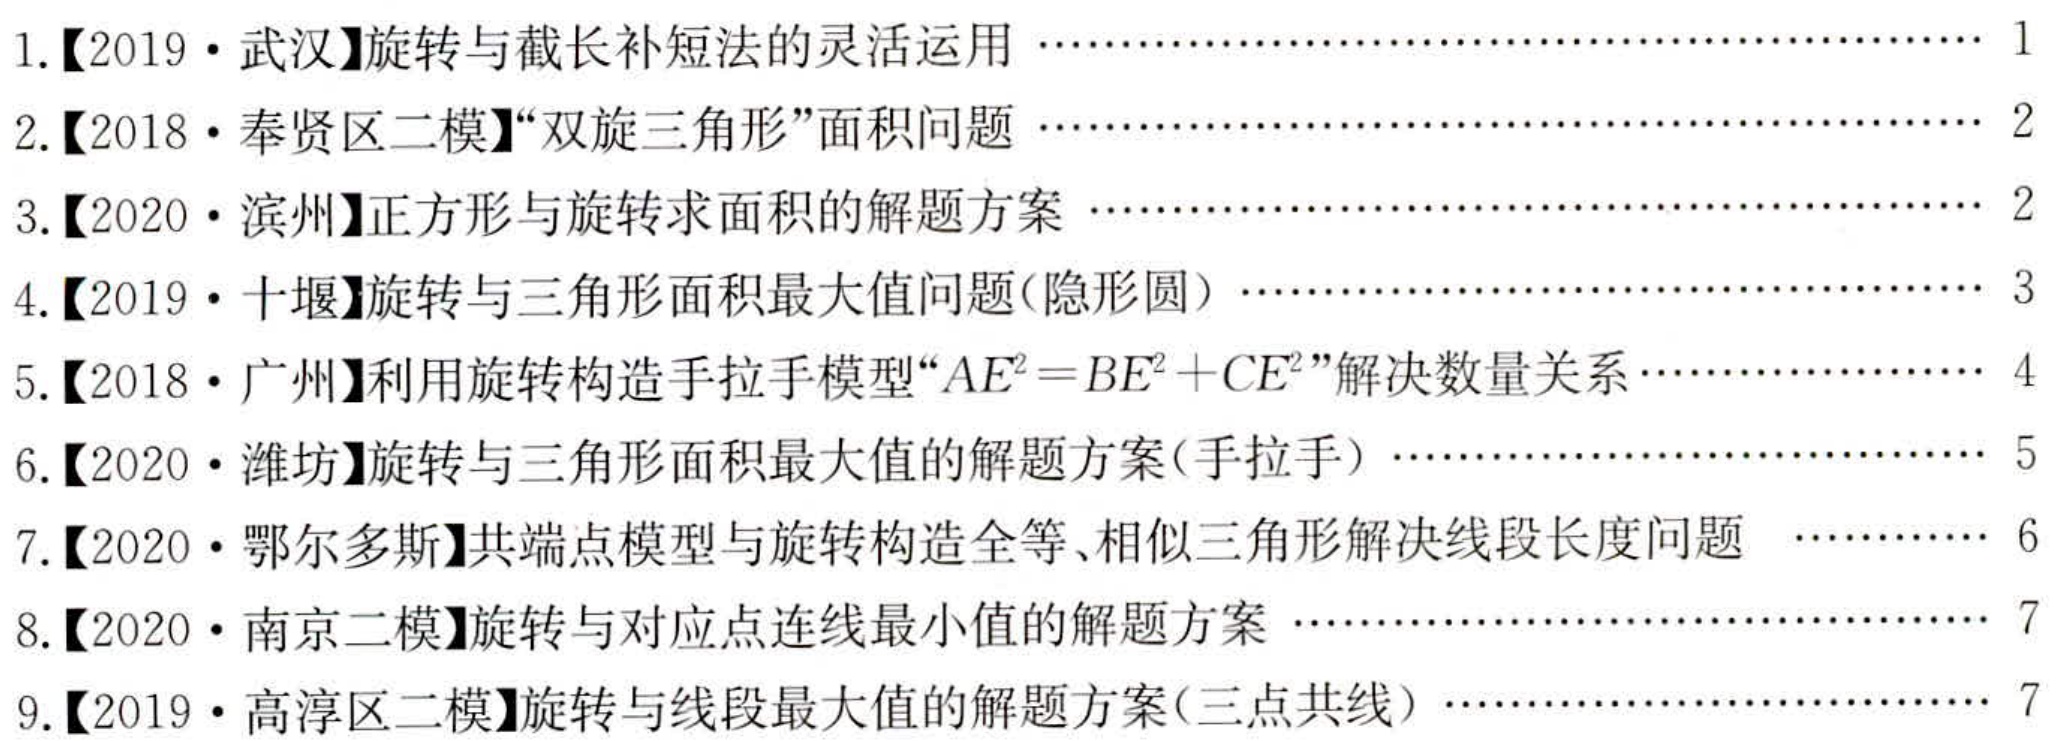
1.【2019·武汉】旋转与截长补短法的灵活运用 \cdots\cdots\cdots\cdots\cdots\cdots\cdots\cdots\cdots\cdots\cdots\cdots\cdots\cdots\cdots\cdots\cdots\cdots\cdots 1

2.【2018·奉贤区二模】“双旋三角形”面积问题 \cdots\cdots\cdots\cdots\cdots\cdots\cdots\cdots\cdots\cdots\cdots\cdots\cdots\cdots\cdots\cdots\cdots\cdots\cdots 2

3.【2020·滨州】正方形与旋转求面积的解题方案 \cdots\cdots\cdots\cdots\cdots\cdots\cdots\cdots\cdots\cdots\cdots\cdots\cdots\cdots\cdots\cdots\cdots\cdots 2

4.【2019·十堰】旋转与三角形面积最大值问题(隐形圆） \cdots\cdots\cdots\cdots\cdots\cdots\cdots\cdots\cdots\cdots\cdots\cdots\cdots\cdots\cdots\cdots 3

5.【2018·广州】利用旋转构造手拉手模型“\(AE^{2}=BE^{2}+CE^{2}\)”解决数量关系\cdots\cdots\cdots\cdots\cdots\cdots\cdots 4

6.【2020·潍坊】旋转与三角形面积最大值的解题方案(手拉手） \cdots\cdots\cdots\cdots\cdots\cdots\cdots\cdots\cdots\cdots\cdots\cdots\cdots 5

7.【2020·鄂尔多斯】共端点模型与旋转构造全等、相似三角形解决线段长度问题  \cdots\cdots\cdots\cdots 6

8.【2020·南京二模】旋转与对应点连线最小值的解题方案 \cdots\cdots\cdots\cdots\cdots\cdots\cdots\cdots\cdots\cdots\cdots\cdots\cdots\cdots 7

9.【2019·高淳区二模】旋转与线段最大值的解题方案(三点共线） \cdots\cdots\cdots\cdots\cdots\cdots\cdots\cdots\cdots\cdots\cdots 7